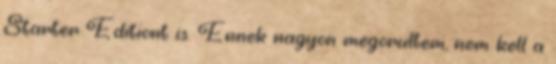
Starter Editiont is. Ennek nagyon megorultem, nem kell a